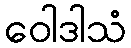
ဝေါဒါသံ